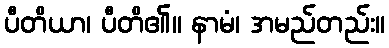
ပီတိယာ၊ ပီတိ၏။ နာမံ၊ အမည်တည်း။